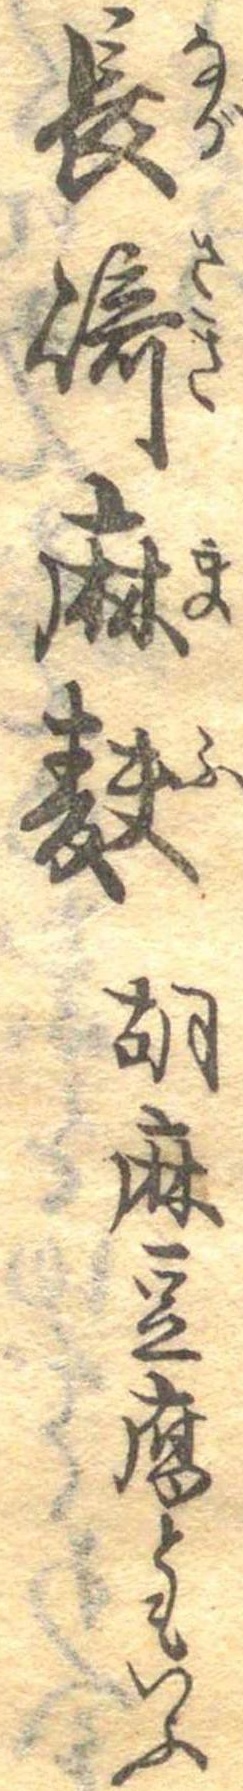
長崎麻麩胡麻豆腐ともいふ